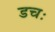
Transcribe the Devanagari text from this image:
डचः